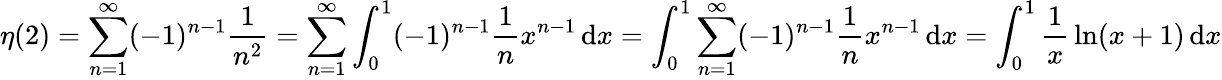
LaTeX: \eta(2)=\sum_{n=1}^{\infty}(-1)^{n-1}{\frac{1}{n^{2}}}=\sum_{n=1}^{\infty}\int_{0}^{1}(-1)^{n-1}{\frac{1}{n}}{x}^{n-1}\, \mathrm{d}x=\int_{0}^{1}\sum_{n=1}^{\infty}(-1)^{n-1}{\frac{1}{n}}{x}^{n-1}\, \mathrm{d}x=\int_{0}^{1}{\frac{1}{x}}\ln(x+1)\, \mathrm{d}x